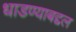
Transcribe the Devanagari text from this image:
धाडण्याबद्दल